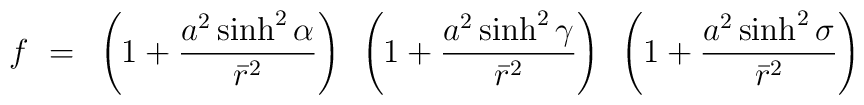
f~=~\left( 1 + \frac{a^2 \sinh^2\alpha}{\bar r^2} \right)~\left( 1 + \frac{a^2 \sinh^2\gamma}{\bar r^2} \right)~\left( 1 + \frac{a^2 \sinh^2\sigma}{\bar r^2} \right)